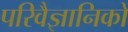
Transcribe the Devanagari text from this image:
परिवैज्ञानिकों